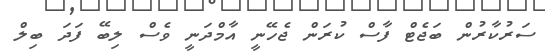
ސަރުކާރުން ބަޖެޓް ފާސް ކުރަން ޖެހޭނީ އާމްދަނީ ވެސް ލިބޭ ފަދަ ބިލް